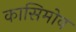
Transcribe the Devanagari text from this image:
कासिमोव